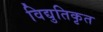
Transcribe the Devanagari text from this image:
विद्युतिकृत